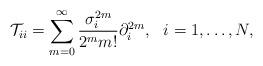
LaTeX: \begin{align*}\mathcal{T}_{ii}=\sum_{m=0}^{\infty}\frac{\sigma^{2m}_{i}}{2^mm!}\partial_i^{2m}, \ \ i=1,\ldots,N,\end{align*}